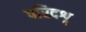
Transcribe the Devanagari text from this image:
परिदशृ